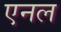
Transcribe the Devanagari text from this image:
एनल